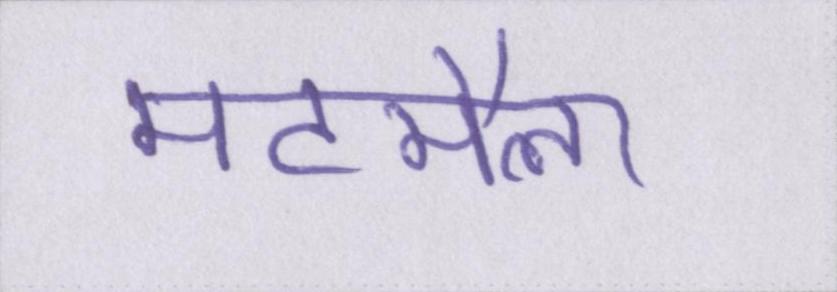
मटमैला